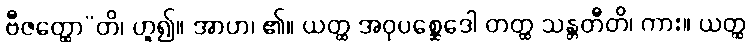
ဗီဇတ္ထော”တိ၊ ဟူ၍။ အာဟ၊ ၏။ ယတ္ထ အဝုပစ္ဆေဒေါ တတ္ထ သန္တတီတိ၊ ကား။ ယတ္ထ